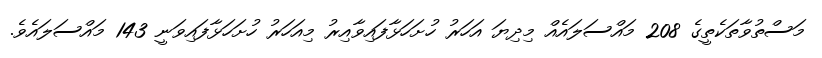
މަސްތުވާތަކެތީގެ 208 މައްސަލައެއް މިދިޔަ އަހަރު ހުށަހަޅާފައިވާއިރު މިއަހަރު ހުށަހަޅާފައިވަނީ 143 މައްސަލައެވެ.